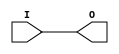
`timescale 1ns / 1ns

module BUFIO (
	output O,
	input I
);
	buf b(O, I);
endmodule